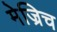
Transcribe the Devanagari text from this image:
मेज्रिच